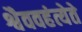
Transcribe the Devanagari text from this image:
श्वैववहंत्येते